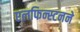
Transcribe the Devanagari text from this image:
एलफिन्स्टनने